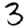
Digit: 3